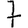
Digit: 7